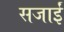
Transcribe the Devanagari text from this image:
सजाईं